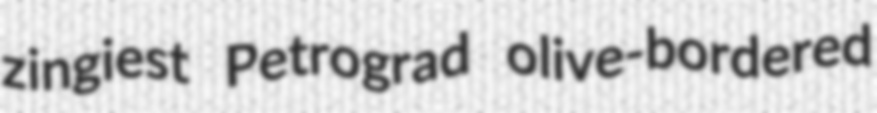
zingiest Petrograd olive-bordered